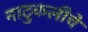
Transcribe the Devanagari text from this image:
नाटुकलीचे